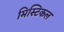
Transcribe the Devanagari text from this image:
मिस्टिकल